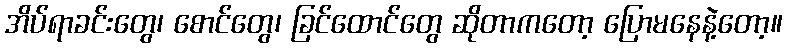
အိပ်ရာခင်းတွေ၊ စောင်တွေ၊ ခြင်ထောင်တွေ ဆိုတာကတော့ ပြောမနေနဲ့တော့။